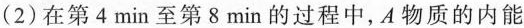
(2)在第4min至第8min的过程中，A物质的内能